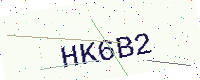
Text: HK6B2